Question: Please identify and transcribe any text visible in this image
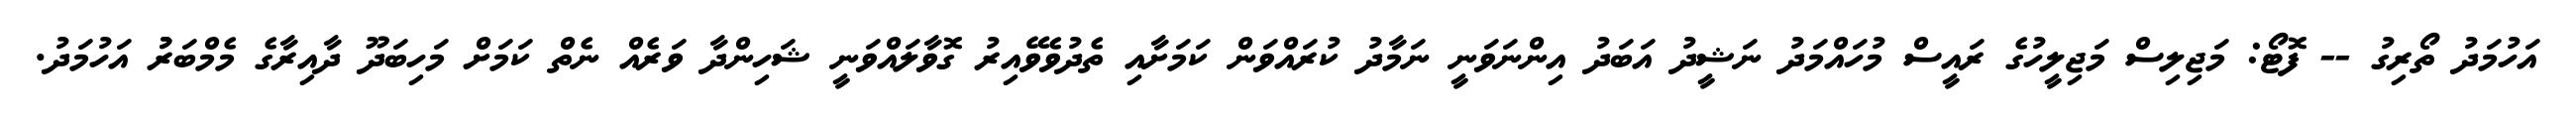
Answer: އަހުމަދު ތޯރިގު -- ފޮޓޯ: މަޖިލިސް މަޖިލީހުގެ ރައީސް މުހައްމަދު ނަޝީދު އަބަދު އިންނަވަނީ ނަމާދު ކުރައްވަން ކަމަށާއި ތެދުވެވޭއިރު ގޮވާލައްވަނީ ޝަހިންދާ ވަރެއް ނެތް ކަމަށް މަހިބަދޫ ދާއިރާގެ މެމްބަރުު އަހުމަދު.